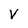
Character: V